Annual report on the mental hospital in the Central Provinces and Berar (Nagpur) - 1927-1951
Year: 1927
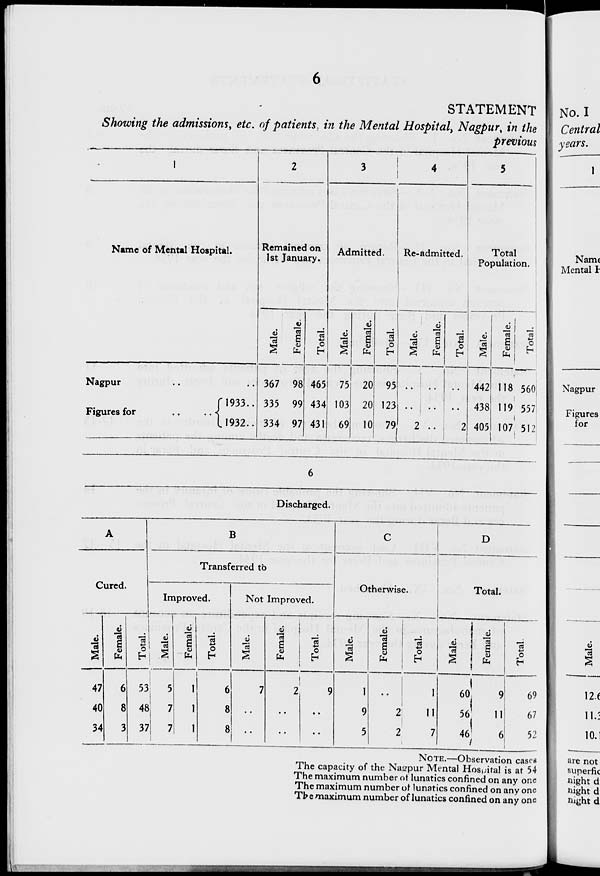
6
STATEMENT
Showing the admissions, etc. of patients in the Mental Hospital, Nagpur, in the
previous
1
Name of Mental Hospital.
Nagpur ..
Figures for
..
..
1933..
1932..
2
Remained on
1st January.
Male.
367
335
334
Female.
98
99
97
Total.
465
434
431
3
Admitted.
Male.
75
103
69
Female.
20
20
10
Total.
95
123
79
4
Re-admitted.
Male.
..
..
2
Female.
..
..
..
Total.
..
..
2
5
Total
Population.
Male.
442
438
405
Female.
118
119
107
Total.
560
557
512
6
Discharged.
A
Cured.
Male.
47
40
34
Female.
6
8
3
Total.
53
48
37
B
Transferred to
Improved.
Male.
5
7
7
Female.
1
1
1
Total.
6
8
8
Not Improved.
Male.
7
..
..
Female.
2
..
..
Total.
9
..
..
C
Otherwise.
Male.
1
9
5
Female.
..
2
2
Total.
1
11
7
D
Total.
Male.
60
56
46
Female.
9
11
6
Total.
69
67
52
NOTE.—Observation cases
The capacity of the Nagpur Mental Hospital is at 54
The maximum number of lunatics confined on any one
The maximum number of lunatics confined on any one
The maximum number of lunatics confined on any one